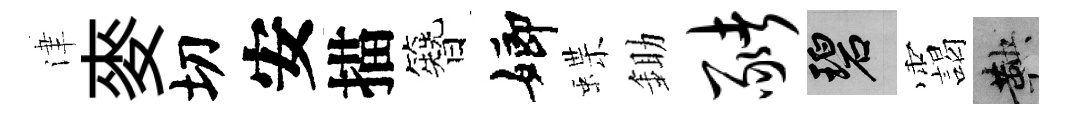
津麥切安描簪嫏蝶鋤猪碧靄鞅